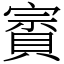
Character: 賨